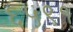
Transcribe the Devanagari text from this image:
६५९१